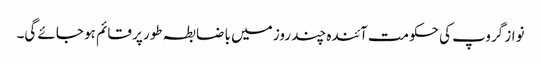
نواز گروپ کی حکومت آئندہ چند روز میں با ضابطہ طور پر قائم ہو جائے گی۔